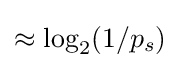
\approx \log _{2}(1/p_{s})